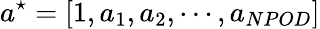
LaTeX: a^{\star}=[1,a_{1},a_{2},\cdots,a_{NPOD}]